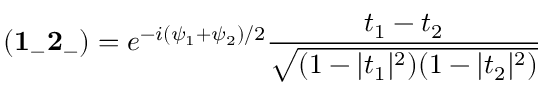
( { \bf 1 _ { - } 2 _ { - } } ) = e ^ { - i { ( \psi _ { 1 } + \psi _ { 2 } ) / 2 } } \frac { t _ { 1 } - t _ { 2 } } { \sqrt { ( 1 - | t _ { 1 } | ^ { 2 } ) ( 1 - | t _ { 2 } | ^ { 2 } ) } }